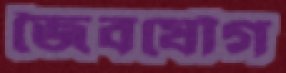
জৈবযৌগ